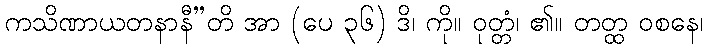
ကသိဏာယတနာနီ”တိ အာ (ပေ ၃၆) ဒိ၊ ကို။ ဝုတ္တံ၊ ၏။ တတ္ထ ဝစနေ၊